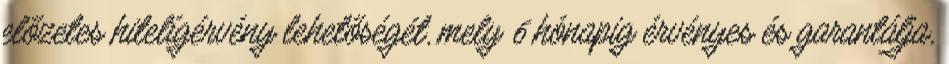
előzetes hitelígérvény lehetőségét, mely 6 hónapig érvényes és garantálja,